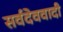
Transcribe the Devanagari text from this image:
सर्वदेववादी